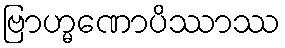
ဗြာဟ္မဏောပိဿာဿ